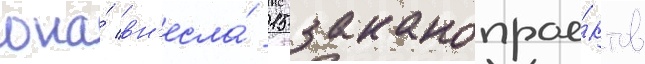
она́ вн'есла́ 15 законопрое́ктов